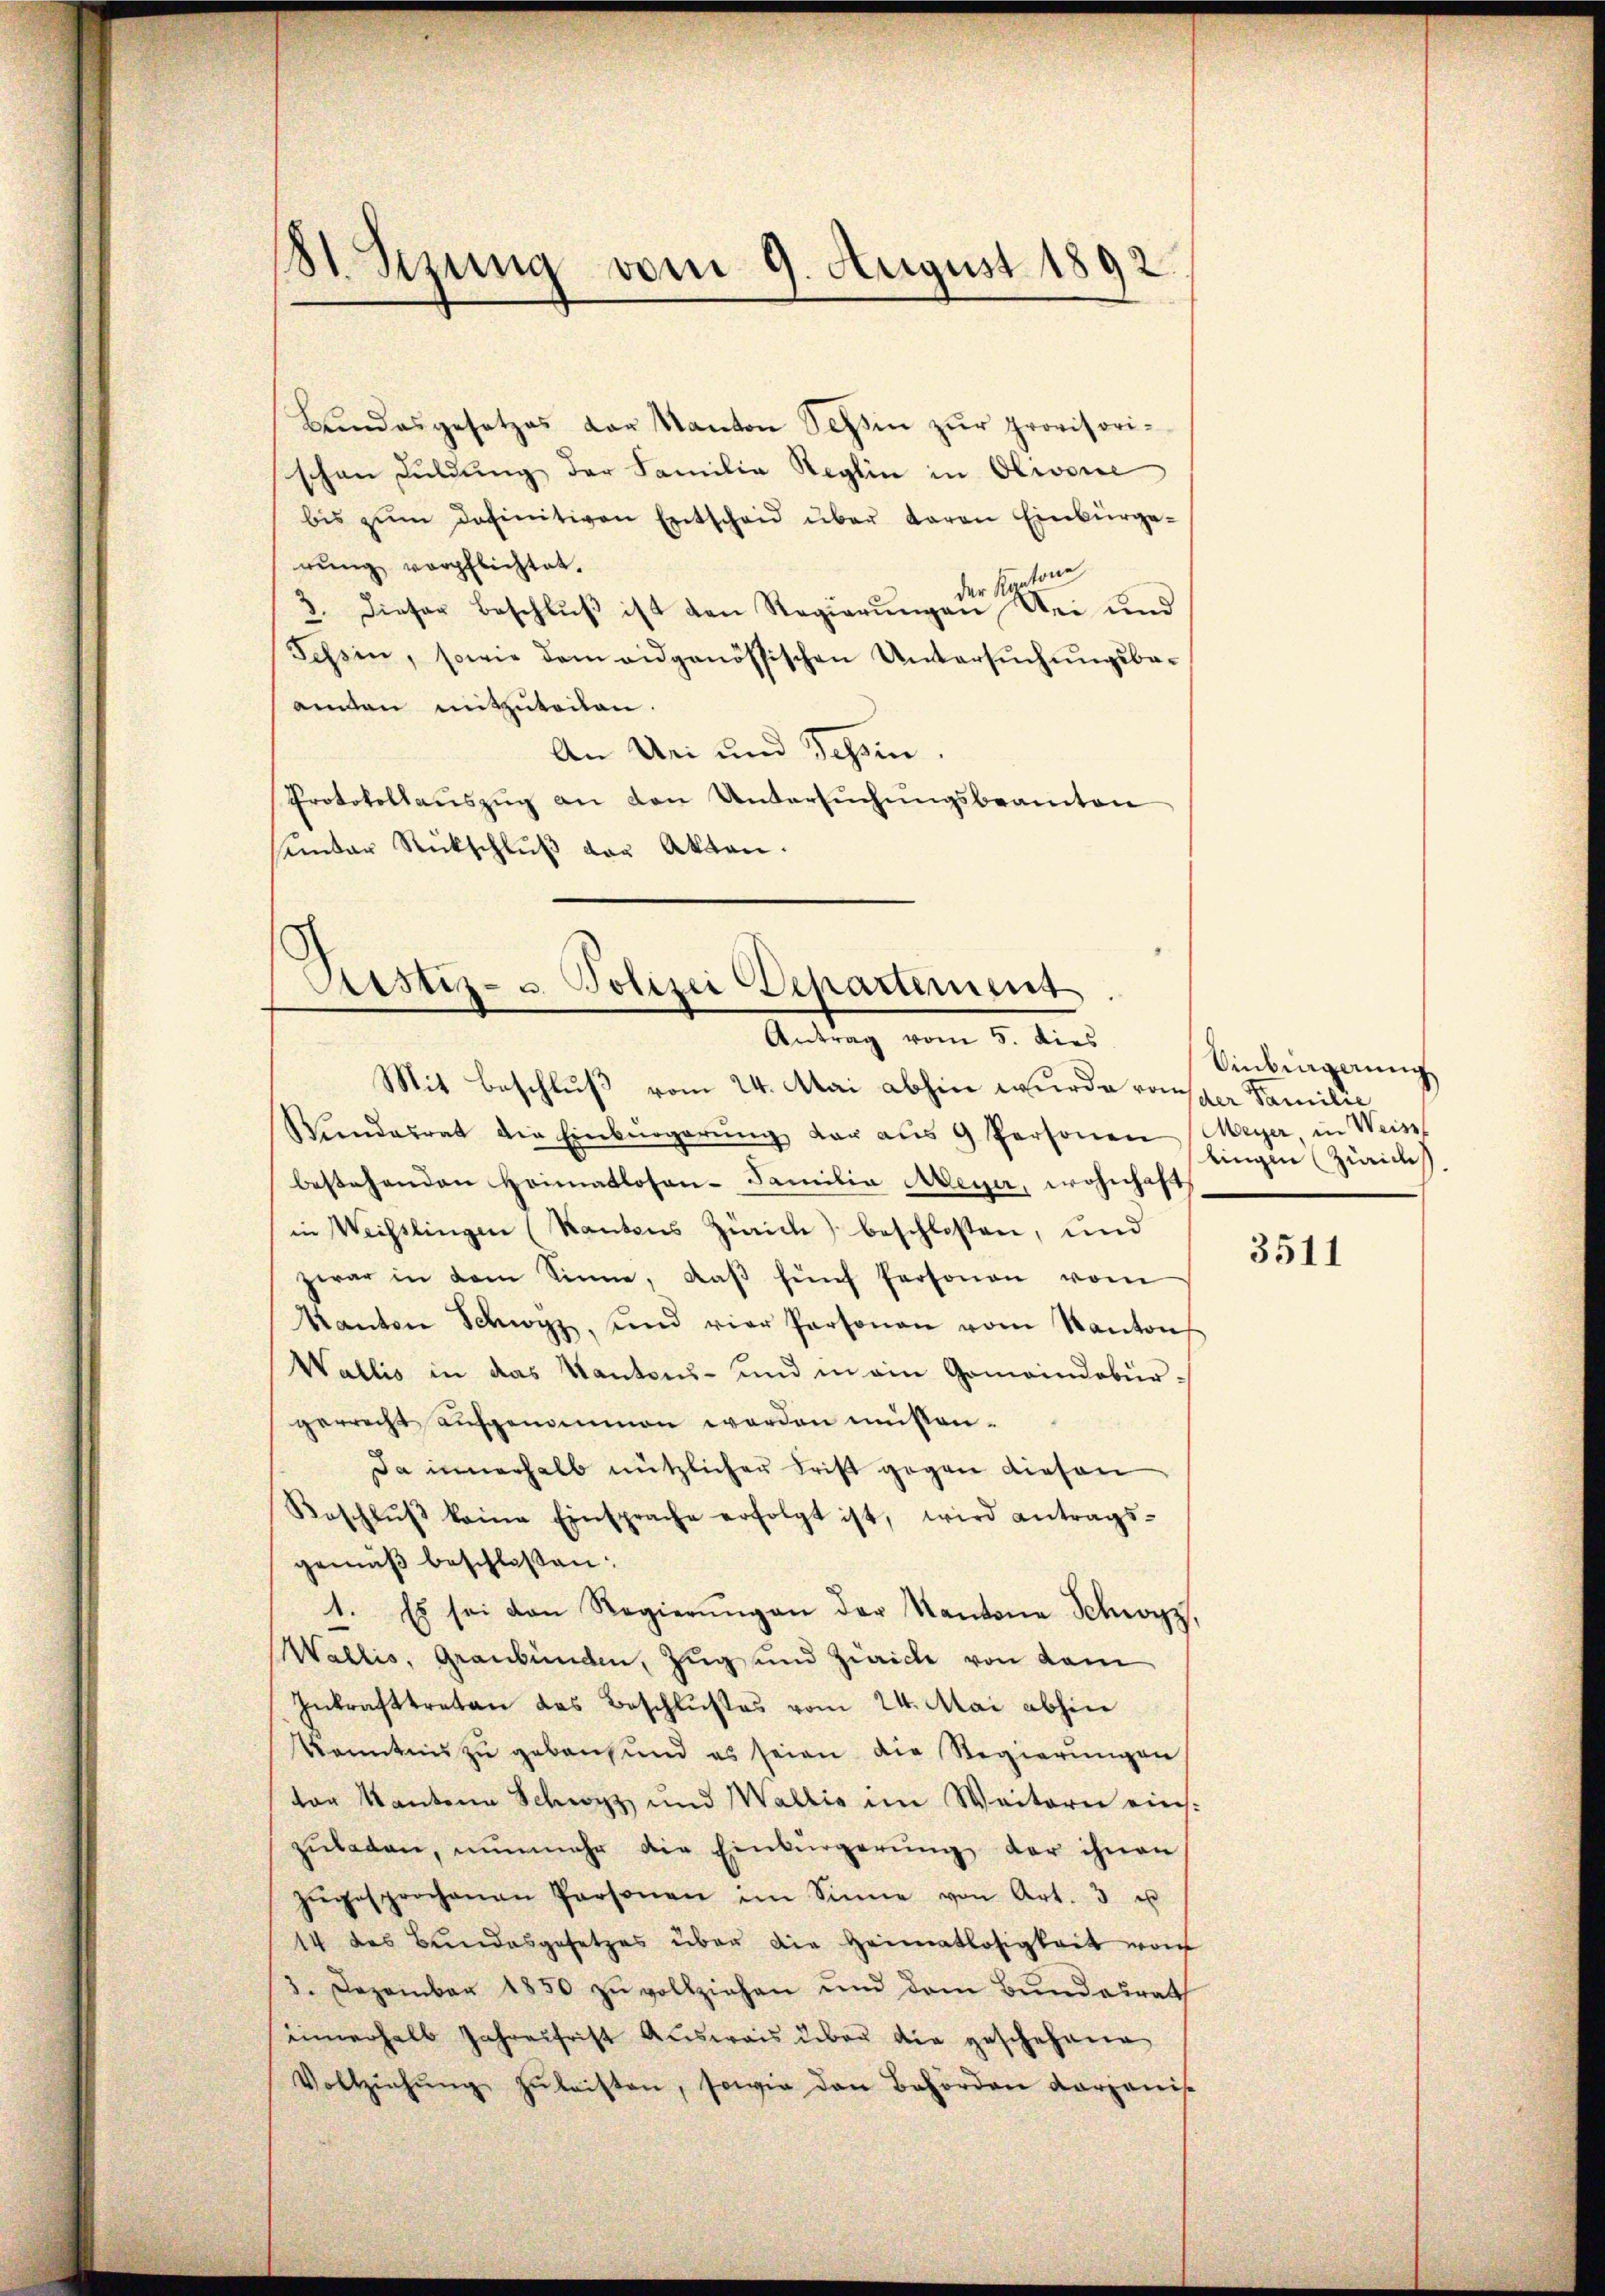
81 Sezung vom 9. August 1892.

Bŭndesgesetzes der Kanton Schin zŭr provisorischen Fuldung der Familie Reglin in Olivone
bis zŭm Definitiven Entscheid über daran Einbürge-
rung verpflichtet.
der Kantone
3. Dieser Beschlŭβ ist den Regierŭngen Bei und
Tessin, sowie dem eidgenössischen Untersuchungsbaamten mitzuteilen.
An Uri und Schein.
Protokollaŭszŭg an den Untersŭchŭngsbeamten
seider Rückschlŭβ der Akten.

Justiz- u. Polizei Departement
Antrag vom 5. dies

Mit Beschluß vom 24. Mai abhin wurde rausser Familie
Wundesrat die Einbürgerŭng der aŭs 9 Personen Meyer in Weis
bestehenden Heimatlosen- Familia Meyer, wohnhaft
in Weisslingen (Kantons Zürich) beschlossen, und
zwar in dem Sinne, daβ fünf Personen vom
Kanton Schwyz, und vier Personen vom Kanton
Wallis in das Kantons- und in ain Gemeindebürgerrecht aufgenommen werden müssen.
Da innerhalb nützlicher Frist gegen diesen
Roschlŭβ keine Einsprache erfolgt ist, wird antrags-
gemäß beschlossen:
1. Es sei von Regierŭngen der Kantone Schwyz,
Wallis, Graubünden, Zug und Zürich von dem
Inkrafttreten das Beschlußes vom 24. Mai abhin
Kenntnis zu gebens und es seien die Regierungen
ter Kantone Schwyz und Wallis im Weitern eins.
zŭladen, nunmehr die Einbürgerŭng der ihnen
zŭgesprochenen Personen im Sinne von Art. 3 u
14 des Bŭndesgesetzes über die Heimatlosigkeit von
3. Dezember 1850 zŭ vollziehen und dem Bundesrath
innerhalb Jahresfrist Ausweis über die geschehene
Vollziehŭng zŭ leisten, sowie den Behörden Karzanis

Einkingerung
tingen (Zürichs

3511